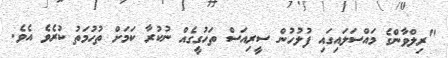
"ރިލްވާންގެ މައްސަލައިގައި ފުލުހުން ސީރިއަސް ތަހުގީގެއް ނުކުރާ ކަމަށް ތުހުމަތު ކުރެވެ އެވެ.